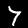
Digit: 7